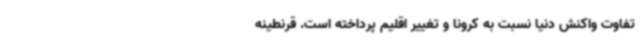
تفاوت واکنش دنیا نسبت به کرونا و تغییر اقلیم پرداخته است. قرنطینه